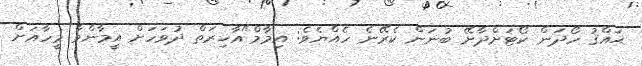
ޙައްޤު ހޯދަން ކޯޓަށްދާށޭ ބުނަން ކެރޭނެ ހެއްޔެވެ: އިމާމް"އާޚިރަތް ދުވަހަށް އީމާންވާ މީހާއަށް